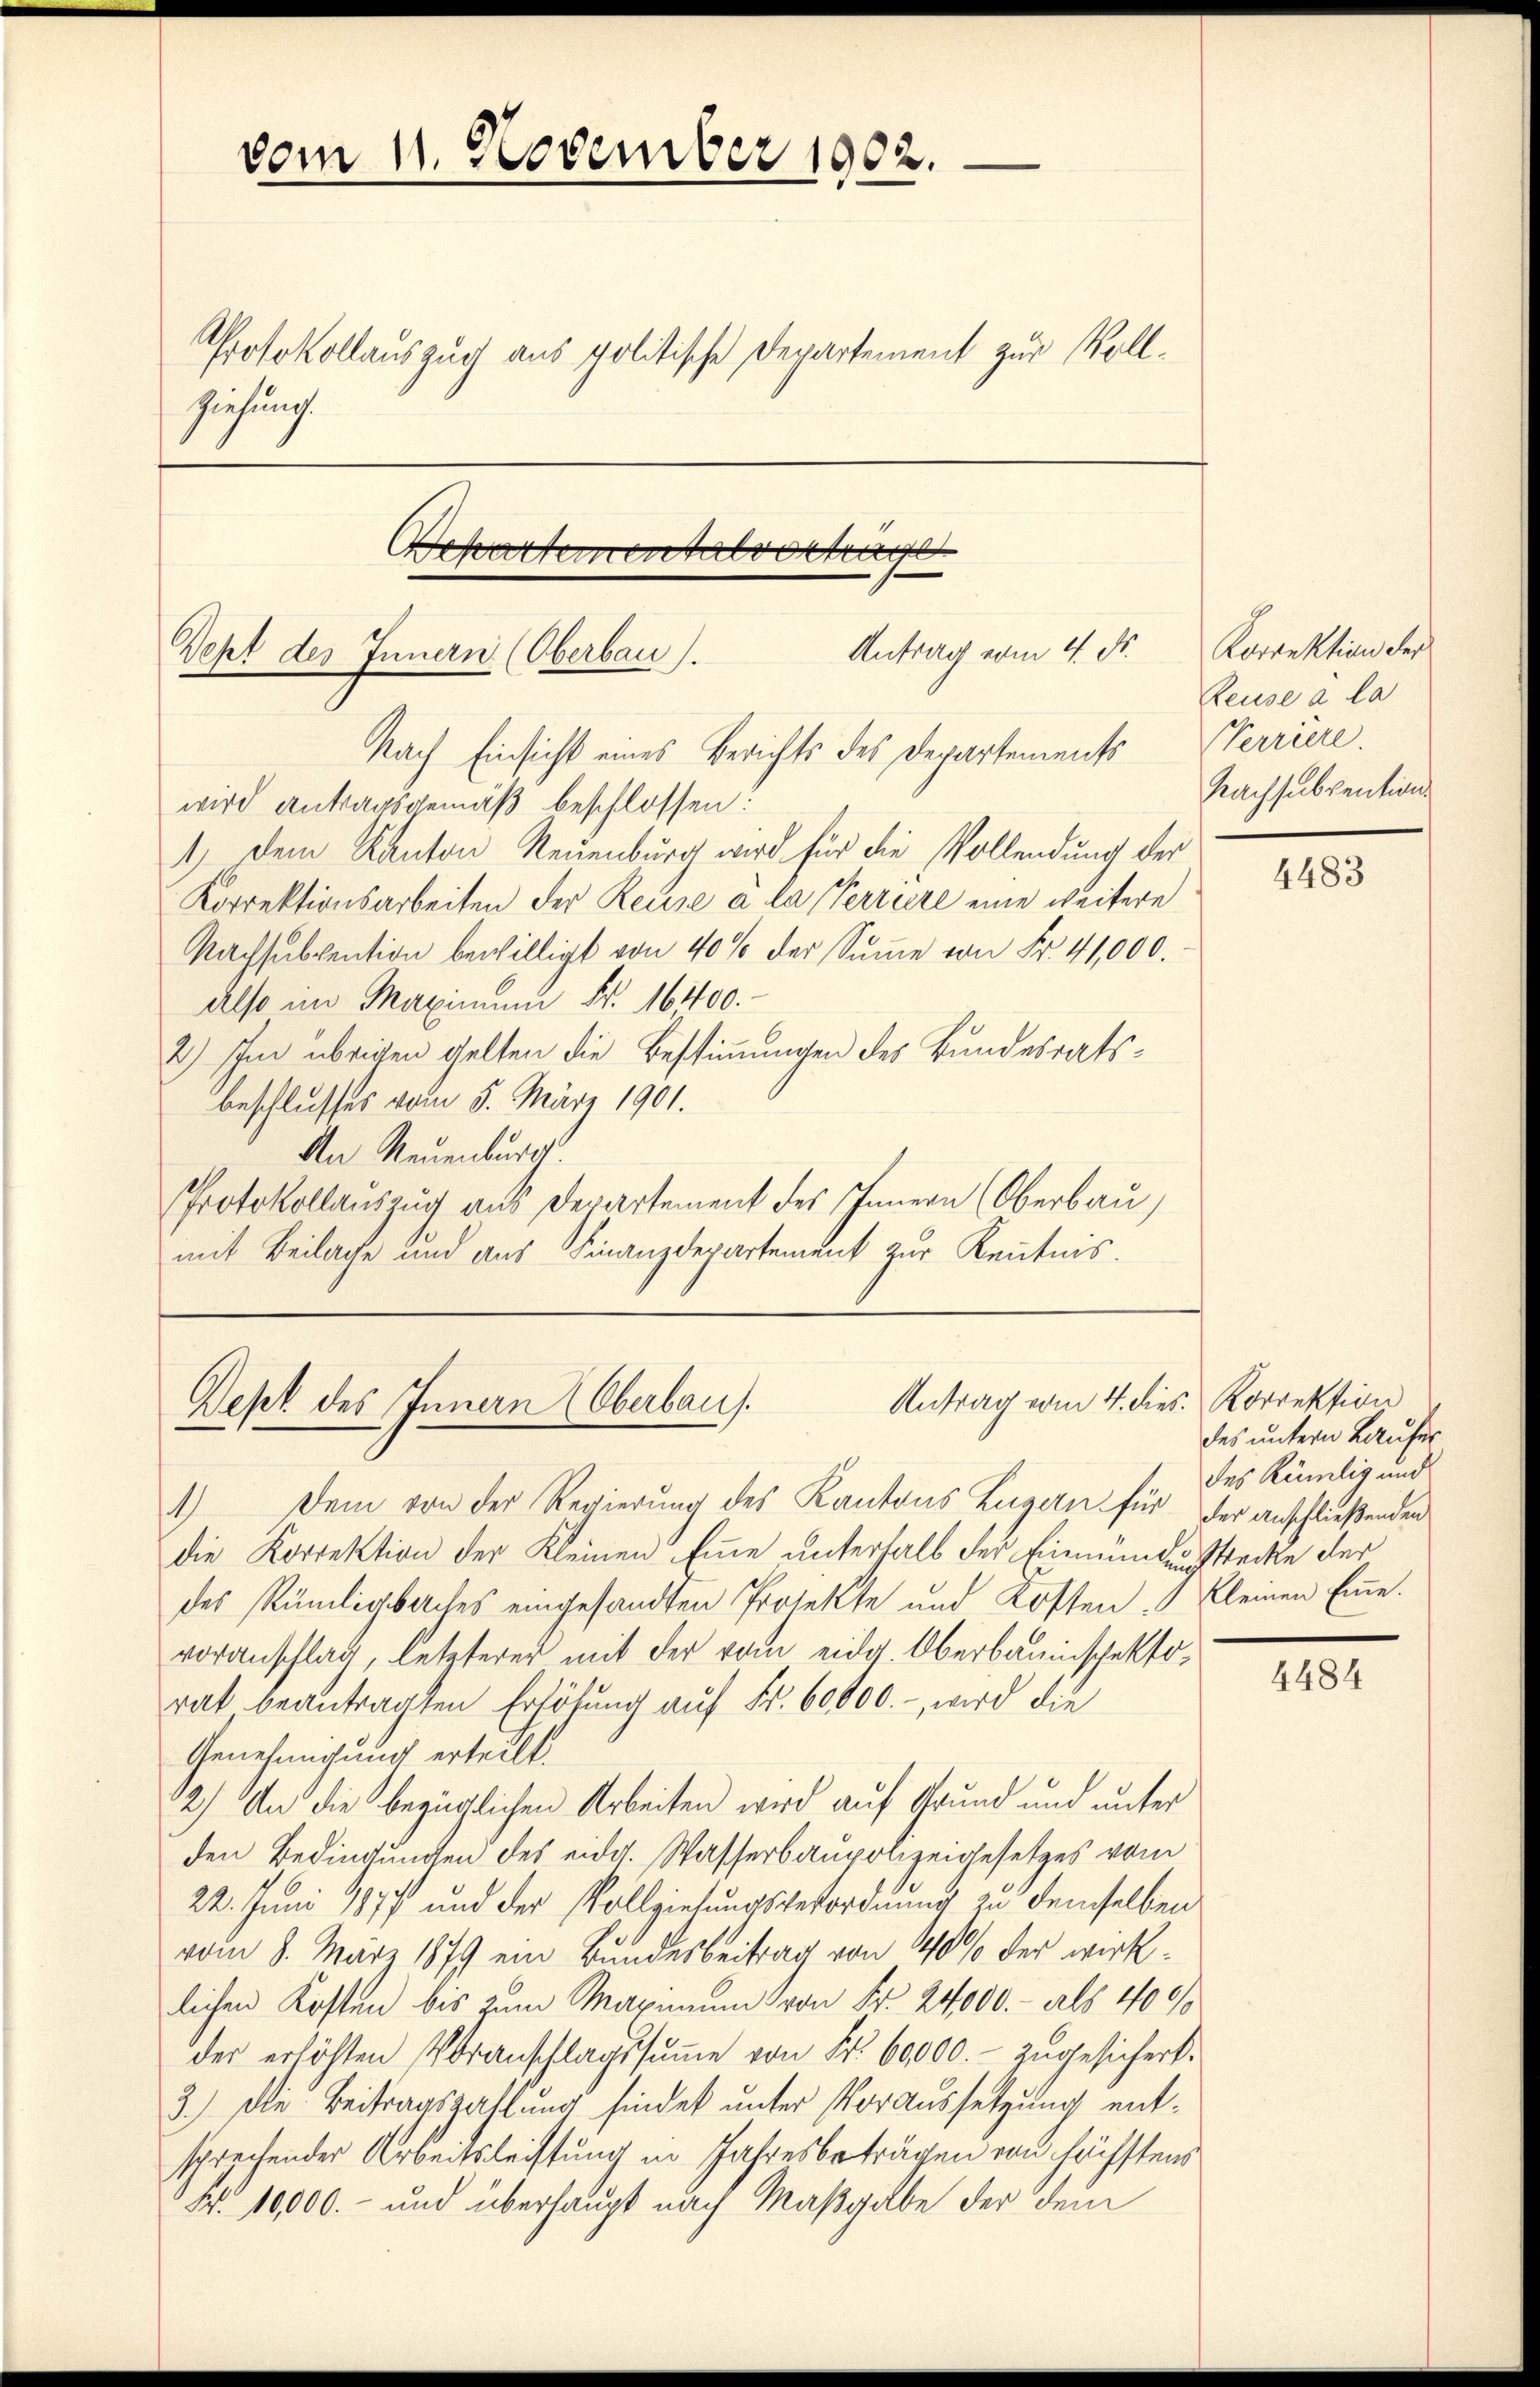
vom 11. November 1902.
Protokollauszug aus politische Departement zur Vollziehung

Repartementalvortrage
Antrag vom 4. ds.
Seht des Innern (Oberbau).
Nach Einsicht eines Berichts des Departements

wird antragsgemäß beschlossen:
1) dem Kanton Reuenburg wird für die Vollendung der
Korrektionsarbeiten der Reise à la Perriere eine weitere
Nachsubvention bewilligt von 40% der Sŭṁe von Fr. 41,000.
Also im Maximum Fr. 16400.
2) Im übrigen gelten die Bestimmungen des Bundesratsbeschlusses vom 5. März 1901.
An Neuenburg.
Protokollauszug aus Departement des Innern (Oberbau
mit Beilage und aus Finanzdepartement zur Kenntnis.

Antrag vom 4. dies. Korrektion
Dept des Innern (Oberbaus.

Korrektion der
Reuse à la
Verriere.
Nachsubvention

1.) Dem von der Regierung des Kantons Zugern für der anschließenden
die Korrektion der Kleinen Eine unterhalb der Einmündungstrecke der
des Rümligbaches eingesandten Protekte und Kosten Kleinen Eine.
voranschlag, letzterer mit der vom eidg. Oberbauinschektorat beantragten Erhöhung auf Fr. 60000.- wird die
Genehmigung erteilt.
2) Und die bezüglichen Arbeiten wird auf Grund und unter
den Bedingungen des eidg. Wasserbaupolizeigesetzes vom
22. Juni 1877 und der Vollziehungsverordnung zu demselben
vom 8. März 1879 ein Bundesbeitrag von 40% der wirklichen Kosten bis zum Maximum von Fr. 24000.- als 400/
der erhöhten Voranschlagssŭṁe von Fr. 60000.- zugesichert.
3.) Die Beitragszahlung findet unter Voraussetzung entsprechender Arbeitsleistung in Jahresbeträgen von höchstens
Fr. 10000.- und überhaupt nach Maßgabe der dem

4483

des untern Laufer
des Rümlig und

4484